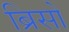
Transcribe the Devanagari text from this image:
ब्रिसो